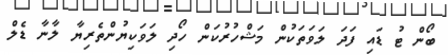
ބޯން ޓު ޑައި ފަދަ ލަވަތަކުން މަޝްހުރުކަން ހޯދި ލަވަކިޔުންތެރިޔާ ލާނާ ޑެލް